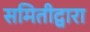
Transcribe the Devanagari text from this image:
समितीद्वारा